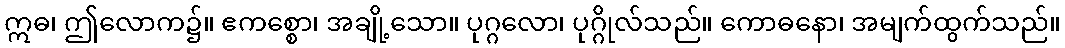
ဣဓ၊ ဤလောက၌။ ဧကစ္စော၊ အချို့သော။ ပုဂ္ဂလော၊ ပုဂ္ဂိုလ်သည်။ ကောဓနော၊ အမျက်ထွက်သည်။